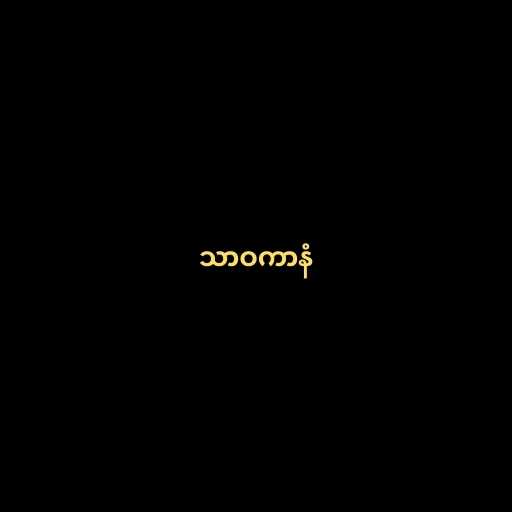
သာဝကာနံ